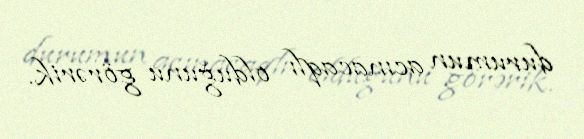
durumun acınacaqlı olduğunu görərik.